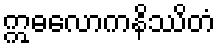
ဣဓလောကနိဿိတံ